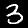
Label: 3